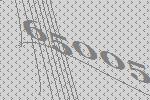
65005